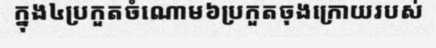
ក្នុង៤ប្រកួតចំណោម៦ប្រកួតចុងក្រោយរបស់